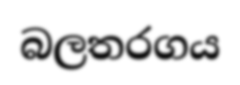
බලතරගය